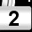
Digit: 2